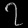
Digit: ၇